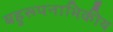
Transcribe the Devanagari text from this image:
बहुरूपनाभिकीय